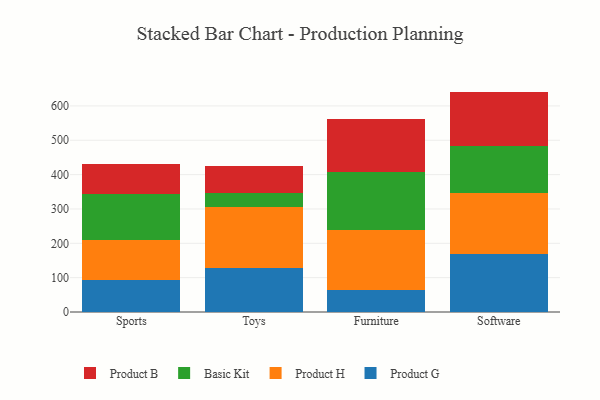
{"axis": {"x": "Category", "y": "Temperature (°C)"}, "legend": ["Basic Kit", "Product B", "Product G", "Product H"], "data": [{"x": "Sports", "y": 93.9, "type": "Product G"}, {"x": "Sports", "y": 114.7, "type": "Product H"}, {"x": "Sports", "y": 135.0, "type": "Basic Kit"}, {"x": "Sports", "y": 88.2, "type": "Product B"}, {"x": "Toys", "y": 127.0, "type": "Product G"}, {"x": "Toys", "y": 178.0, "type": "Product H"}, {"x": "Toys", "y": 42.6, "type": "Basic Kit"}, {"x": "Toys", "y": 76.2, "type": "Product B"}, {"x": "Furniture", "y": 63.3, "type": "Product G"}, {"x": "Furniture", "y": 174.8, "type": "Product H"}, {"x": "Furniture", "y": 169.0, "type": "Basic Kit"}, {"x": "Furniture", "y": 155.8, "type": "Product B"}, {"x": "Software", "y": 168.8, "type": "Product G"}, {"x": "Software", "y": 179.1, "type": "Product H"}, {"x": "Software", "y": 136.2, "type": "Basic Kit"}, {"x": "Software", "y": 157.6, "type": "Product B"}]}